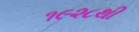
૧૯૨૮થી